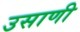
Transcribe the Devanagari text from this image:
उसाणी